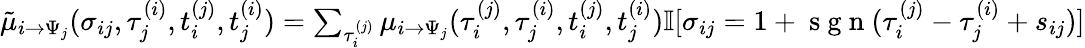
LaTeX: \begin{array}{r}{\tilde{\mu}_{i\to\Psi_{j}}(\sigma_{ij},\tau_{j}^{(i)},t_{i}^{(j)},t_{j}^{(i)})=\sum_{\tau_{i}^{(j)}}\mu_{i\to\Psi_{j}}(\tau_{i}^{(j)},\tau_{j}^{(i)},t_{i}^{(j)},t_{j}^{(i)})\mathbb{I}[\sigma_{ij}=1+\mathrm{~s~g~n~}(\tau_{i}^{(j)}-\tau_{j}^{(i)}+s_{ij})]}\end{array}